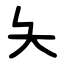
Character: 夨